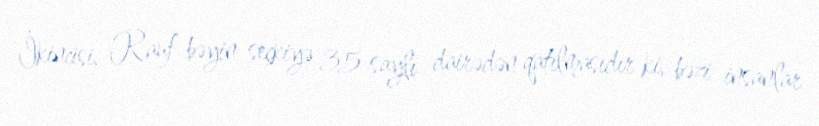
İkincisi, Rauf bəyin seçkiyə 35 saylı dairədən qatılmasıdır ki, bəzi insanlar